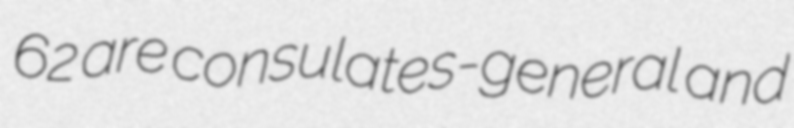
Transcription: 62 are consulates-general and